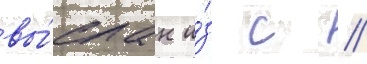
вы́слан и́з с //